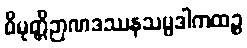
ဝိမုတ္တိဉာဏဒဿနသမ္ပဒါကထဉ္စ